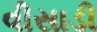
વીસાડી